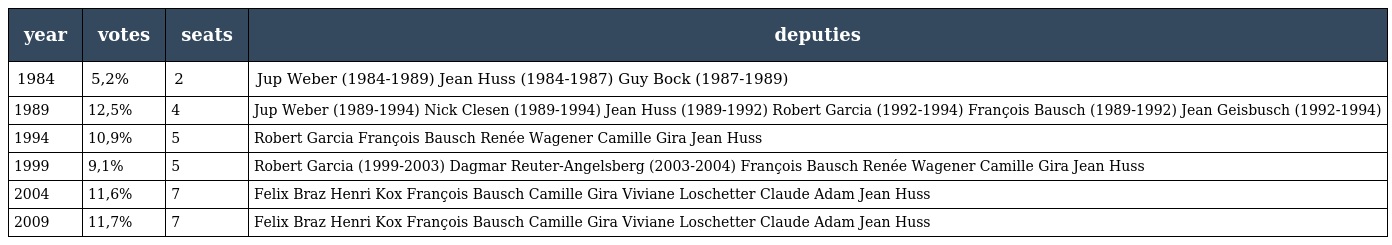
| year | votes | seats | deputies |
 | --- | --- | --- | --- |
 | 1984 | 5,2% | 2 | Jup Weber (1984-1989) Jean Huss (1984-1987) Guy Bock (1987-1989) |
 | 1989 | 12,5% | 4 | Jup Weber (1989-1994) Nick Clesen (1989-1994) Jean Huss (1989-1992) Robert Garcia (1992-1994) François Bausch (1989-1992) Jean Geisbusch (1992-1994) |
 | 1994 | 10,9% | 5 | Robert Garcia François Bausch Renée Wagener Camille Gira Jean Huss |
 | 1999 | 9,1% | 5 | Robert Garcia (1999-2003) Dagmar Reuter-Angelsberg (2003-2004) François Bausch Renée Wagener Camille Gira Jean Huss |
 | 2004 | 11,6% | 7 | Felix Braz Henri Kox François Bausch Camille Gira Viviane Loschetter Claude Adam Jean Huss |
 | 2009 | 11,7% | 7 | Felix Braz Henri Kox François Bausch Camille Gira Viviane Loschetter Claude Adam Jean Huss |